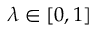
\lambda \in \left[ 0 , 1 \right]